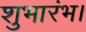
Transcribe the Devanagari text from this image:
शुभारंभ।